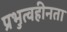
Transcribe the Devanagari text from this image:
प्रभुत्वहीनता